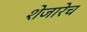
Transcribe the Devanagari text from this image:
शेजारेच